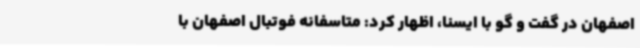
اصفهان در گفت و گو با ایسنا، اظهار کرد: متاسفانه فوتبال اصفهان با